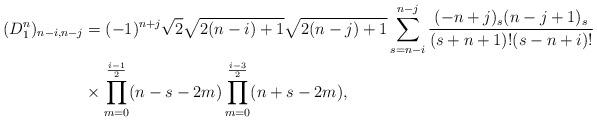
LaTeX: \begin{align*}(D^n_1)_{n-i,n-j}&=(-1)^{n+j}\sqrt{2}\sqrt{2(n-i)+1}\sqrt{2(n-j)+1}\sum_{s=n-i}^{n-j}\frac{(-n+j)_s(n-j+1)_s}{(s+n+1)!(s-n+i)!}\\&\times\prod_{m=0}^{\frac{i-1}{2}}(n-s-2m)\prod_{m=0}^{\frac{i-3}{2}}(n+s-2m),\end{align*}